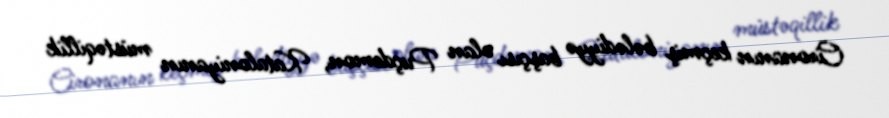
Cironanın keçmiş bələdiyyə başçısı olan Puçdemon, Kataloniyanın müstəqillik